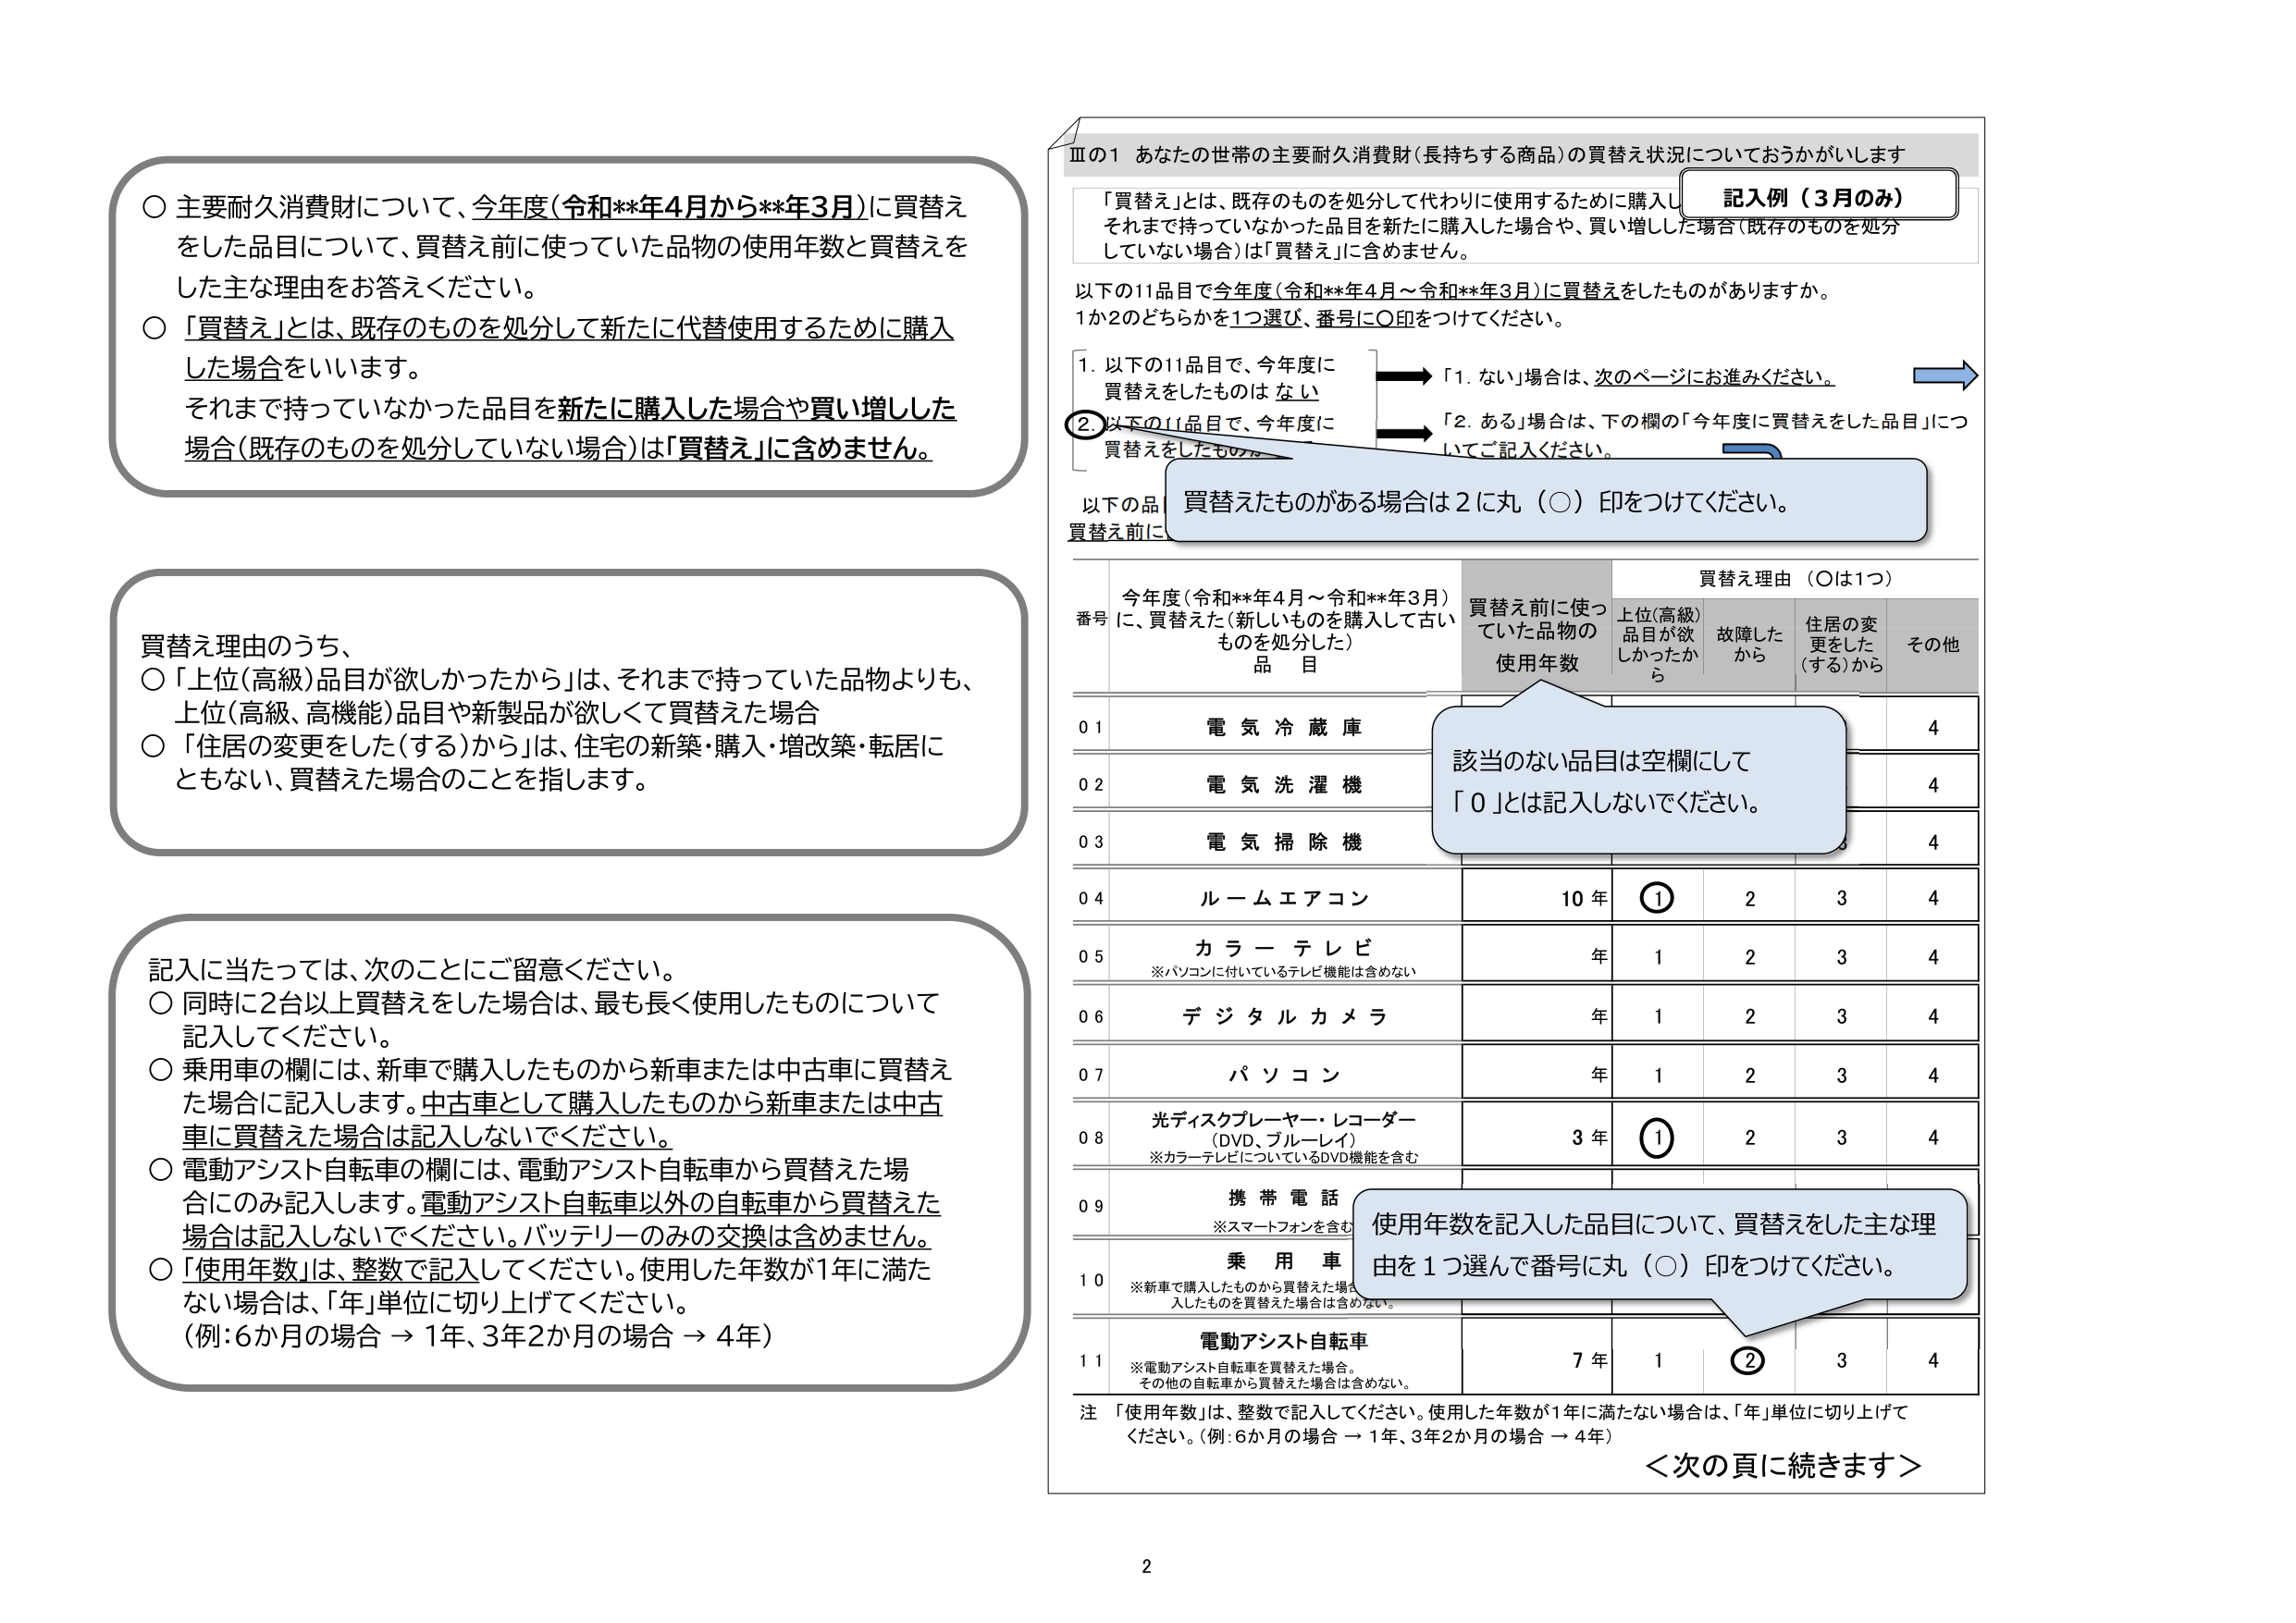
〇 主要耐久消費財について、今年度（令和**年4月から**年3月）に買替えをした品目について、買替え前に使っていた品物の使用年数と買替えをした主な理由をお答えください。
〇 「買替え」とは、既存のものを処分して新たに代替使用するために購入した場合をいいます。
それまで持っていなかった品目を新たに購入した場合や買い増しした場合（既存のものを処分していない場合）は「買替え」に含めません。

買替え理由のうち、
〇 「上位（高級）品目が欲しかったから」は、それまで持っていた品物よりも、上位（高級、高機能）品目や新製品が欲しくて買替えた場合
〇 「住居の変更をした（する）から」は、住宅の新築・購入・増改築・転居にともない、買替えた場合のことを指します。

記入に当たっては、次のことにご留意ください。
〇 同時に2台以上買替えをした場合は、最も長く使用したものについて記入してください。
〇 乗用車の欄には、新車で購入したものから新車または中古車に買替えた場合に記入します。中古車として購入したものから新車または中古車に買替えた場合は記入しないでください。
〇 電動アシスト自転車の欄には、電動アシスト自転車から買替えた場合にのみ記入します。電動アシスト自転車以外の自転車から買替えた場合は記入しないでください。バッテリーのみの交換は含めません。
〇 「使用年数」は、整数で記入してください。使用した年数が1年に満たない場合は、「年」単位に切り上げてください。
（例：6か月の場合 → 1年、3年2か月の場合 → 4年）

Ⅲの1 あなたの世帯の主要耐久消費財（長持ちする商品）の買替え状況についておうかがいします
「買替え」とは、既存のものを処分して代わりに使用するために購入し、それまで持っていなかった品目を新たに購入した場合や、買い増しした場合（既存のものを処分していない場合）は「買替え」に含めません。
以下の11品目で今年度（令和**年4月～令和**年3月）に買替えをしたものがありますか。
1か2のどちらかを1つ選び、番号に〇印をつけてください。
1. 以下の11品目で、今年度に買替えをしたものは ない
2. 以下の11品目で、今年度に買替えをしたものは ある
「1. ない」場合は、次のページにお進みください。
「2. ある」場合は、下の欄の「今年度に買替えをした品目」についてご記入ください。
買替えたものがある場合は2に丸（〇）印をつけてください。

番号 今年度（令和**年4月～令和**年3月）に、買替えた（新しいものを購入して古いものを処分した）品目 買替え前に使っていた品物の使用年数 買替え理由（〇は1つ）
上位（高級）品目が欲しかったから 故障したから 住居の変更をした（する）から その他
01 電気冷蔵庫 4
02 電気洗濯機 4
03 電気掃除機 4
04 ルームエアコン 10年 ① 2 3 4
05 カラーテレビ ※パソコンに付いているテレビ機能は含めない 年 1 2 3 4
06 デジタルカメラ 年 1 2 3 4
07 パソコン 年 1 2 3 4
08 光ディスクプレーヤー・レコーダー（DVD、ブルーレイ）※カラーテレビについているDVD機能を含む 3年 ① 2 3 4
09 携帯電話 ※スマートフォンを含む
10 乗用車 ※新車で購入したものから買替えた場合、中古車で購入したものから買替えた場合を含む。
11 電動アシスト自転車 ※電動アシスト自転車を買替えた場合、その他の自転車から買替えた場合は含めない。 7年 1 ② 3 4

該当のない品目は空欄にして「0」とは記入しないでください。
使用年数を記入した品目について、買替えをした主な理由を1つ選んで番号に丸（〇）印をつけてください。
注 「使用年数」は、整数で記入してください。使用した年数が1年に満たない場合は、「年」単位に切り上げてください。（例：6か月の場合 → 1年、3年2か月の場合 → 4年）
＜次の頁に続きます＞

記入例（3月のみ）